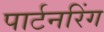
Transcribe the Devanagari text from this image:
पार्टनरिंग